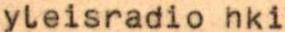
yleisradio hki